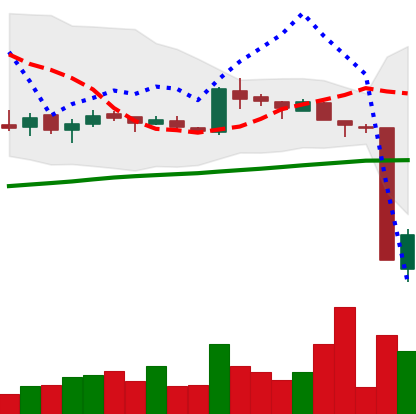
Ticker: LTC-USD
Chart end date: 2016-01-16
Forward return: 4.336%
Label: up_3_5